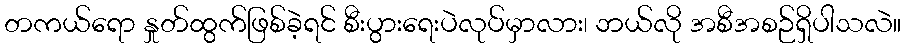
တကယ်ရော နှုတ်ထွက်ဖြစ်ခဲ့ရင် စီးပွားရေးပဲလုပ်မှာလား၊ ဘယ်လို အစီအစဉ်ရှိပါသလဲ။